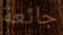
جائعة